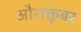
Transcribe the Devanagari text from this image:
औराक्तूबर